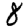
Digit: 8